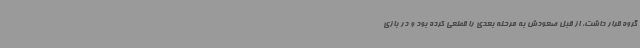
گروه قرار داشت، از قبل صعودش به مرحله بعدی را قطعی کرده بود و در بازی